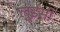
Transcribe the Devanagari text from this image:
लुईसी